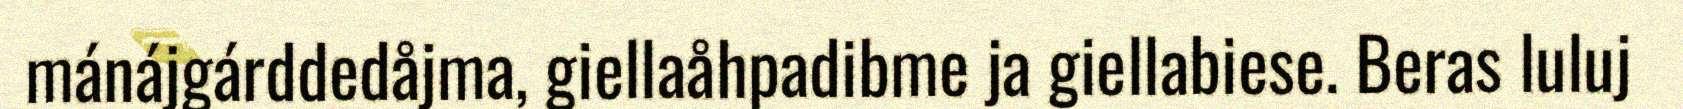
mánájgárddedåjma, giellaåhpadibme ja giellabiese. Beras luluj